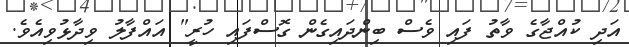
އަދި ކުއްޖާގެ ވާތު ފައި ވެސް ބިންދައިގެން ގޮސްފައި ހުރީ" އައްފާލު ވިދާޅުވިއެވެ.